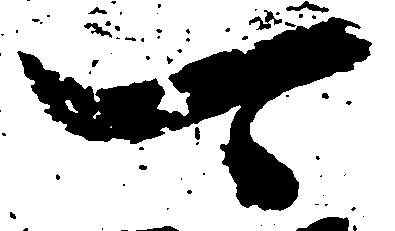
可